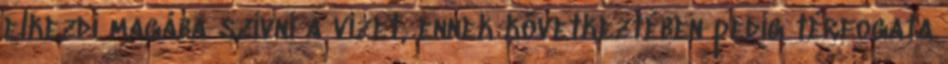
elkezdi magába szívni a vizet, ennek következtében pedig térfogata